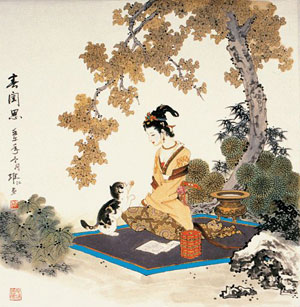
美女渭桥东，春还事蚕作。